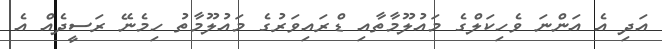
އަދި އެ އަންނަ ވެހިކަލްގެ މައުލޫމާތާއި ޑްރައިވަރުގެ މައުލޫމާތު ހިމެނޭ ރަސީދެއް އެ